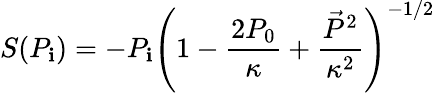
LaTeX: S(P_{\mathbf{i}})=-P_{\mathbf{i}}\left(1-\frac{{2P_{0}}}{{\kappa}}+\frac{{\vec{{P}}^{2}}}{{\kappa^{2}}}\right)^{-1/2}